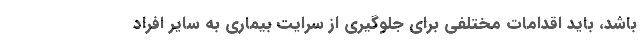
باشد، باید اقدامات مختلفی برای جلوگیری از سرایت بیماری به سایر افراد